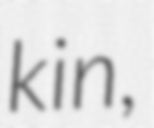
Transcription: kin,